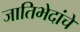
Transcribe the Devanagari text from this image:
जातिभेदांचे